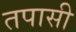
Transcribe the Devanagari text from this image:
तपासी